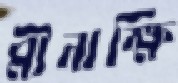
মীনাক্ষি